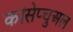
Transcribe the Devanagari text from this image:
कांसेप्चुअल